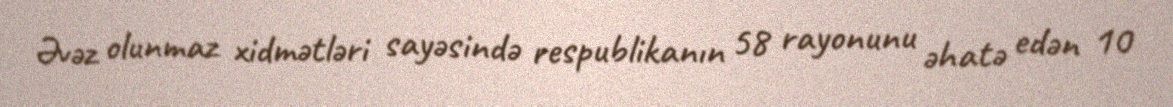
Əvəz olunmaz xidmətləri sayəsində respublikanın 58 rayonunu əhatə edən 10